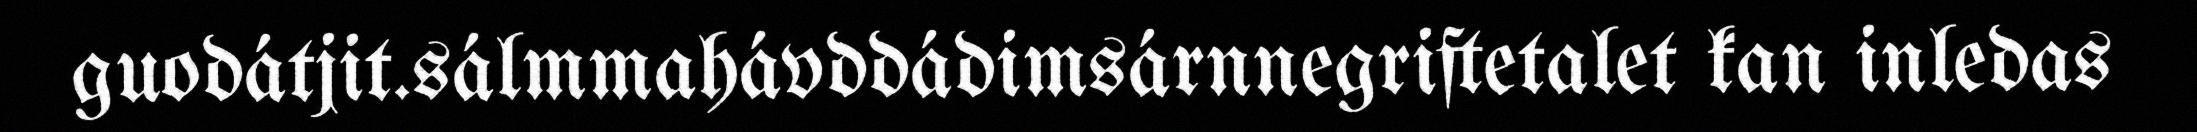
guodátjit.sálmmahávddádimsárnnegriftetalet kan inledas